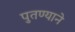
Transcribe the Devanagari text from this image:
पुतण्याने